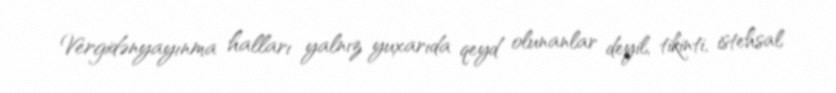
Vergidənyayınma halları yalnız yuxarıda qeyd olunanlar deyil, tikinti, istehsal